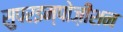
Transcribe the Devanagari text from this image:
सुपरइम्पोज़ीशन